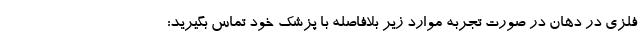
فلزی در دهان در صورت تجربه موارد زیر بلافاصله با پزشک خود تماس بگیرید: